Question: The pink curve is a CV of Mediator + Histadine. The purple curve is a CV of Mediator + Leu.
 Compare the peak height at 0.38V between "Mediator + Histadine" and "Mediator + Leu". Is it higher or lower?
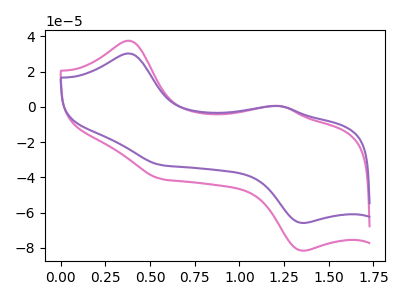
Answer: <think>The pink curve "Mediator + Histadine" has anodic peaks at (0.40V, 37.55uA) (1.25V, 0.50uA) and cathodic peaks at (0.55V, -40.90uA) (1.35V, -81.70uA). The purple curve "Mediator + Leu" has anodic peaks at (0.40V, 30.30uA) (1.25V, 0.40uA) and cathodic peaks at (0.55V, -33.00uA) (1.35V, -65.95uA).</think>
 <answer>The peak at 0.38V is higher in "Mediator + Histadine" than in "Mediator + Leu".</answer>
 <eval>higher</eval>